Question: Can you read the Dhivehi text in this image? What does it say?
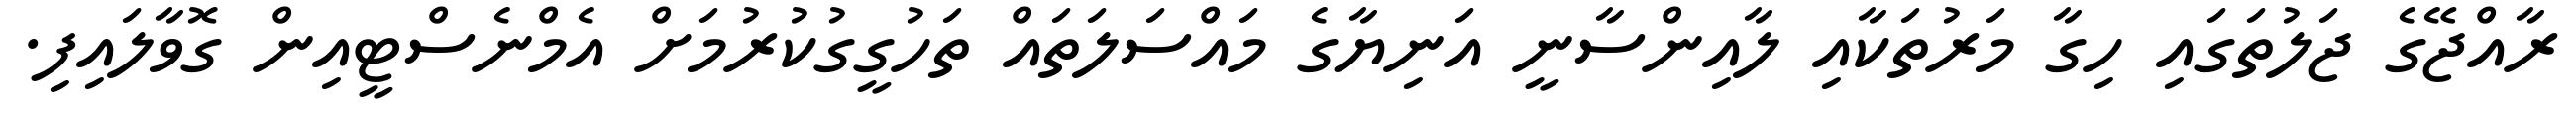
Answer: ރާއްޖޭގެ ޖަލުތަގައި ހިގާ މަރުތަކާއި ލާއިންސާނީ އަނިޔާގެ މައްސަލަތައް ތަހުގީގުކުރުމަށް އެމްނެސްޓީއިން ގޮވާލައިފި.